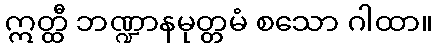
ဣတ္ထီ ဘဏ္ဍာနမုတ္တမံ စသော ဂါထာ။